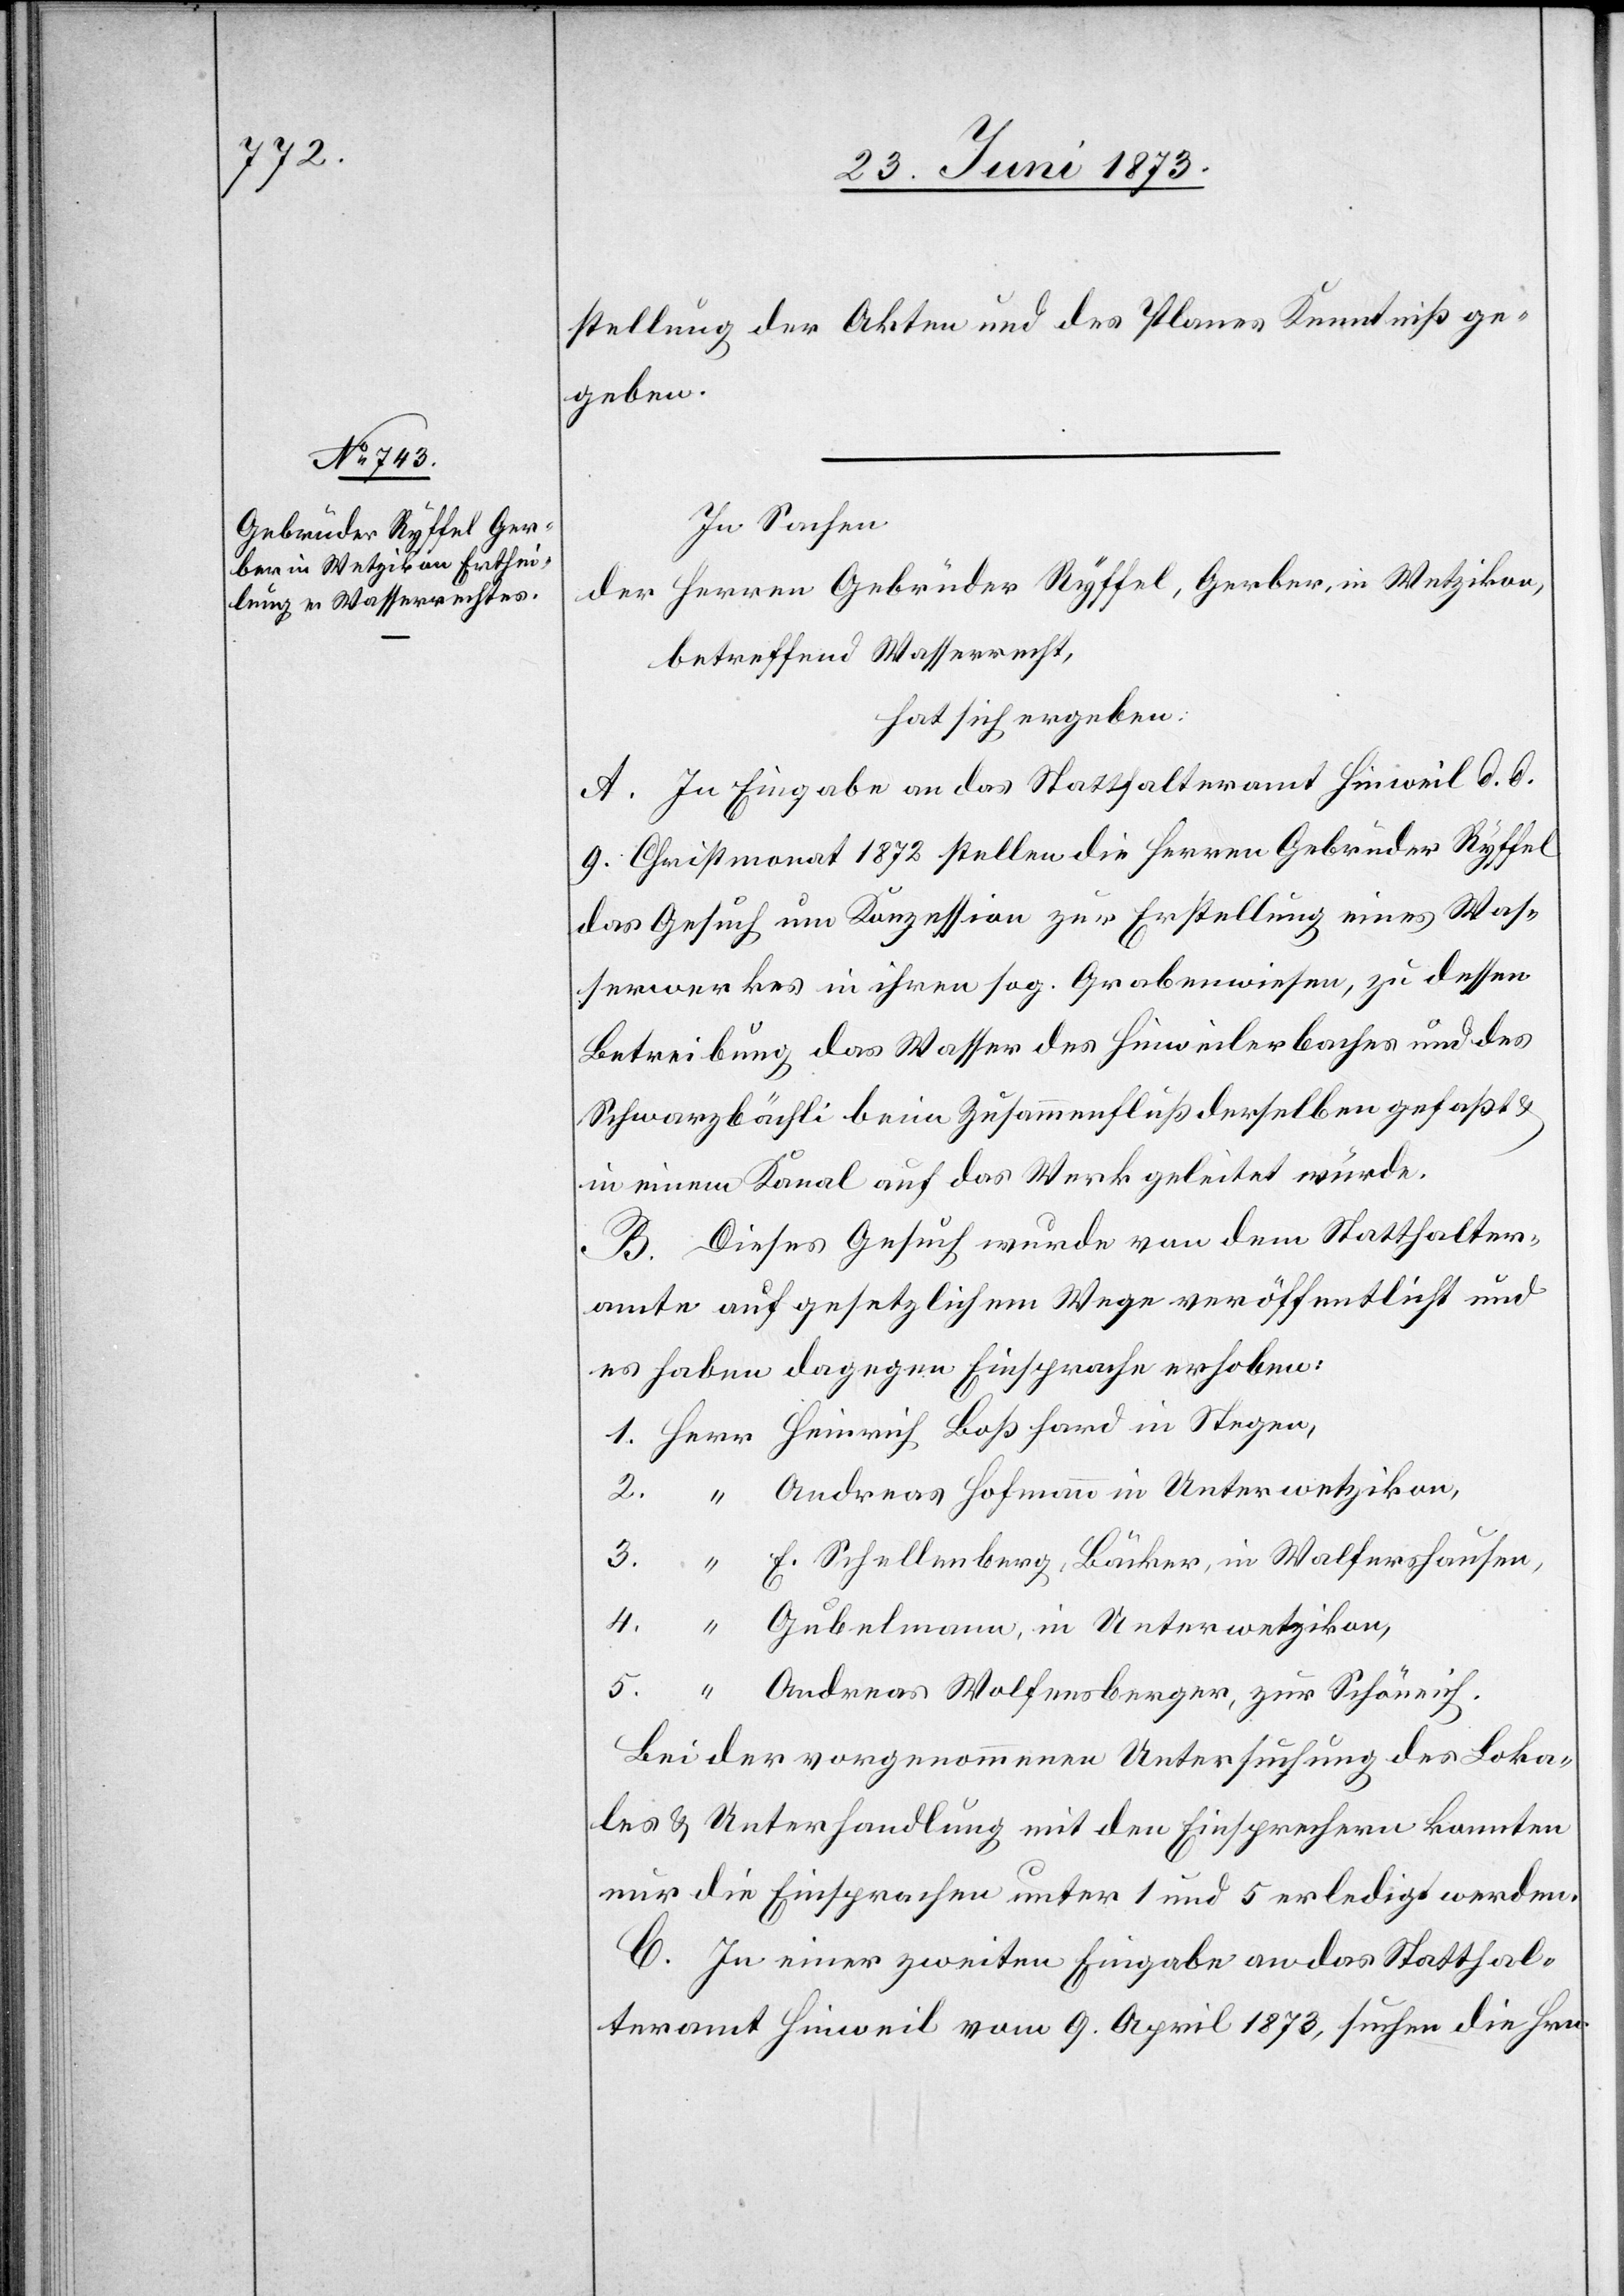
stellung der Akten und des Planes Kenntniß ge¬
geben.
In Sachen
der Herren Gebrüder Ryffel, Gerber, in Wetzikon,
betreffend Wasserrecht,
hat sich ergeben:
A. In Eingabe an das Statthalteramt Hinweil d. d.
9. Christmonat 1872 stellen die Herren Gebrüder Ryffel
das Gesuch um Konzession zur Erstellung eines Was¬
serwerkes in ihren sog. Grabenwiesen, zu dessen
Betreibung das Wasser des Hinweilerbaches und des
Schwarzbächli beim Zusammenfluß derselben gefaßt &
in einem Kanal auf das Werk geleitet würde.
B. Dieses Gesuch wurde von dem Statthalter¬
amte auf gesetzlichem Wege veröffentlicht und
es haben dagegen Einsprache erhoben:
E. Schellenberg, Bäcker, in Walfershausen,
Andreas Wolfensberger, zur Schöneich.
Bei der vorgenommenen Untersuchung des Loka¬
les & Unterhandlung mit den Einsprechern konnten
nur die Einsprachen unter 1 und 5 erledigt werden.
C. In einer zweiten Eingabe an das Statthal¬
teramt Hinweil vom 9. April 1873, suchen die Hrn.